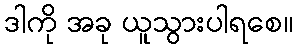
ဒါကို အခု ယူသွားပါရစေ။